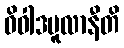
ဝိဝါဒမူလာနီတိ